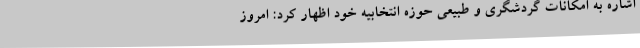
اشاره به امکانات گردشگری و طبیعی حوزه انتخابیه خود اظهار کرد: امروز